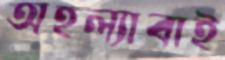
অহল্যাবাই